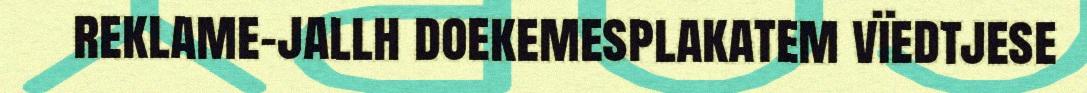
reklame-jallh doekemesplakatem vïedtjese